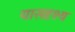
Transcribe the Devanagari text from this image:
यासदृश्य